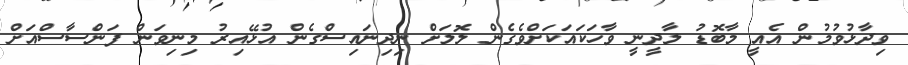
ވިދާޅުވުމުން އެއީ މާބޮޑު ލާދީނީ ވާހަކައަކަށްވެގެން ލޮލަށް ނިދިނައިސްގެން އުޅޭއިރު މިނިވަން ފަންސާސްއަށް